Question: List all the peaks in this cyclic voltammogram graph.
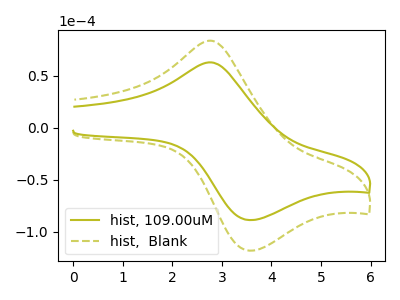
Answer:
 <answer>The olive curve "hist, 109.00uM" has an anodic peak at (2.80V, 62.85uA) and a cathodic peak at (3.55V, -88.75uA). The olive dashed curve "hist,  Blank" has an anodic peak at (2.80V, 83.65uA) and a cathodic peak at (3.55V, -118.15uA).</answer>
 <eval></eval>